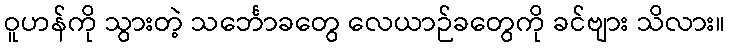
ဝူဟန်ကို သွားတဲ့ သင်္ဘောခတွေ လေယာဉ်ခတွေကို ခင်ဗျား သိလား။